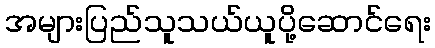
အများပြည်သူသယ်ယူပို့ဆောင်ရေး